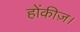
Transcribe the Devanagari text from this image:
होंकीज़।